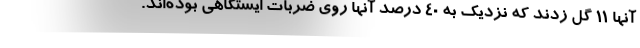
آنها 11 گل زدند که نزدیک به 40 درصد آنها روی ضربات ایستگاهی بوده‌اند.